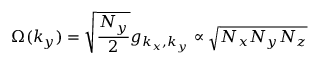
{ \Omega } ( k _ { y } ) = \sqrt { \frac { N _ { y } } { 2 } } g _ { k _ { x } , k _ { y } } \propto \sqrt { N _ { x } N _ { y } N _ { z } }